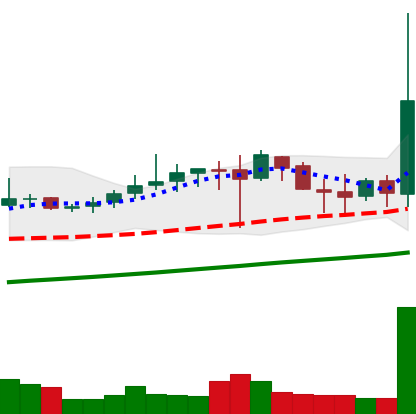
Ticker: DOGE-USD
Chart end date: 2019-07-05
Forward return: -11.456%
Label: down_7plus